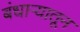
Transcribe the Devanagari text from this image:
बंधाऱ्यातून